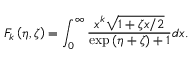
{ F _ { k } } \left( { \eta , \zeta } \right) = \int _ { 0 } ^ { \infty } { \frac { { { x ^ { k } } \sqrt { 1 + \zeta x / 2 } } } { { \exp \left( { \eta + \zeta } \right) + 1 } } } d x .